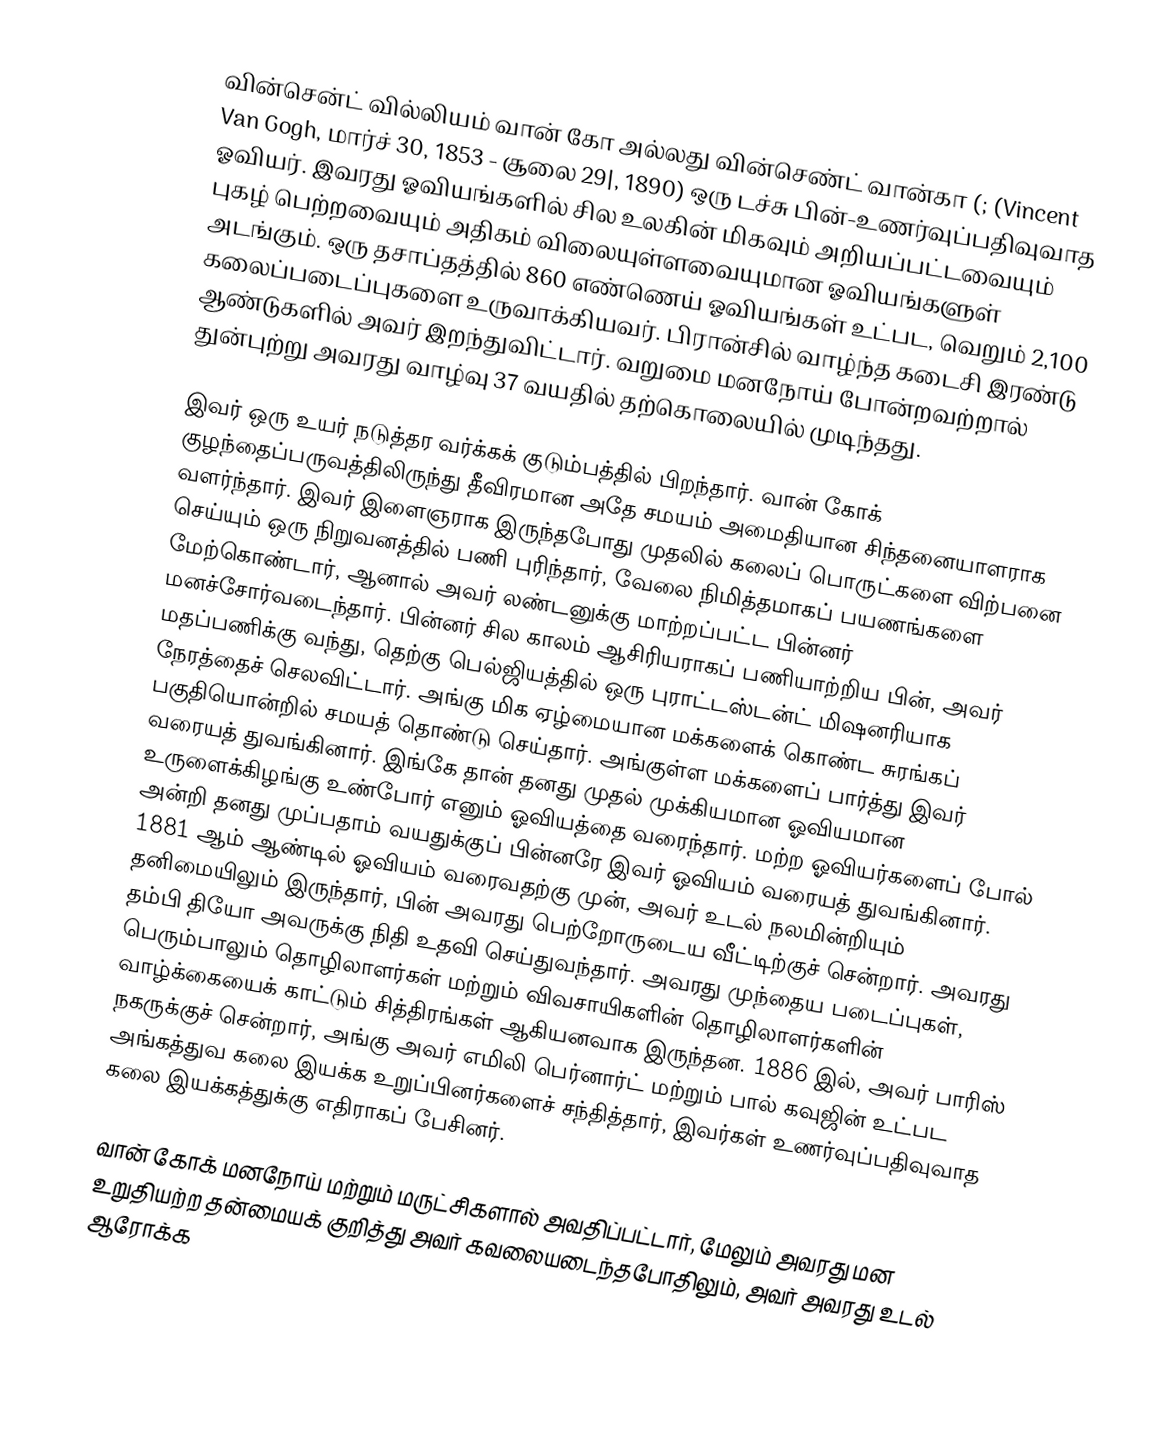
வின்சென்ட் வில்லியம் வான் கோ அல்லது வின்செண்ட் வான்கா (; (Vincent Van Gogh, மார்ச் 30, 1853 - சூலை 29|, 1890) ஒரு டச்சு பின்-உணர்வுப்பதிவுவாத ஓவியர். இவரது ஓவியங்களில் சில உலகின் மிகவும் அறியப்பட்டவையும் புகழ் பெற்றவையும் அதிகம் விலையுள்ளவையுமான ஓவியங்களுள் அடங்கும். ஒரு தசாப்தத்தில்  860 எண்ணெய் ஓவியங்கள் உட்பட, வெறும் 2,100 கலைப்படைப்புகளை உருவாக்கியவர். பிரான்சில் வாழ்ந்த கடைசி இரண்டு ஆண்டுகளில் அவர் இறந்துவிட்டார். வறுமை மனநோய் போன்றவற்றால் துன்புற்று அவரது வாழ்வு  37 வயதில் தற்கொலையில் முடிந்தது.

இவர் ஒரு உயர் நடுத்தர வர்க்கக் குடும்பத்தில் பிறந்தார்.  வான் கோக் குழந்தைப்பருவத்திலிருந்து தீவிரமான அதே சமயம் அமைதியான சிந்தனையாளராக வளர்ந்தார். இவர் இளைஞராக இருந்தபோது முதலில் கலைப் பொருட்களை விற்பனை செய்யும் ஒரு நிறுவனத்தில் பணி புரிந்தார், வேலை நிமித்தமாகப் பயணங்களை மேற்கொண்டார், ஆனால் அவர் லண்டனுக்கு மாற்றப்பட்ட பின்னர் மனச்சோர்வடைந்தார்.  பின்னர் சில காலம் ஆசிரியராகப் பணியாற்றிய பின், அவர் மதப்பணிக்கு வந்து, தெற்கு பெல்ஜியத்தில் ஒரு புராட்டஸ்டன்ட் மிஷனரியாக நேரத்தைச் செலவிட்டார்.  அங்கு மிக ஏழ்மையான மக்களைக் கொண்ட சுரங்கப் பகுதியொன்றில் சமயத் தொண்டு  செய்தார்.  அங்குள்ள மக்களைப்  பார்த்து இவர் வரையத் துவங்கினார். இங்கே தான் தனது முதல் முக்கியமான  ஓவியமான உருளைக்கிழங்கு உண்போர் எனும் ஓவியத்தை வரைந்தார். மற்ற ஓவியர்களைப் போல் அன்றி தனது முப்பதாம் வயதுக்குப் பின்னரே இவர் ஓவியம் வரையத் துவங்கினார். 1881 ஆம் ஆண்டில் ஓவியம் வரைவதற்கு முன், அவர் உடல் நலமின்றியும் தனிமையிலும் இருந்தார், பின் அவரது பெற்றோருடைய வீட்டிற்குச் சென்றார். அவரது தம்பி தியோ அவருக்கு நிதி உதவி செய்துவந்தார். அவரது முந்தைய படைப்புகள், பெரும்பாலும் தொழிலாளர்கள் மற்றும் விவசாயிகளின் தொழிலாளர்களின் வாழ்க்கையைக் காட்டும் சித்திரங்கள் ஆகியனவாக இருந்தன. 1886 இல், அவர் பாரிஸ் நகருக்குச் சென்றார்,  அங்கு அவர்  எமிலி பெர்னார்ட் மற்றும் பால் கவுஜின் உட்பட அங்கத்துவ கலை இயக்க உறுப்பினர்களைச் சந்தித்தார், இவர்கள் உணர்வுப்பதிவுவாத கலை இயக்கத்துக்கு எதிராகப் பேசினர்.

வான் கோக் மனநோய் மற்றும் மருட்சிகளால் அவதிப்பட்டார், மேலும் அவரது மன உறுதியற்ற தன்மையக் குறித்து அவர் கவலையடைந்தபோதிலும், அவர் அவரது உடல் ஆரோக்க